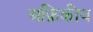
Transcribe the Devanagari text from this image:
अफ्रिकीय